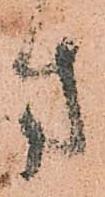
方